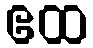
ဧထ